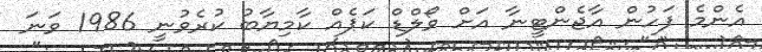
އެންމެ ފަހުން އާޖެންޓީނާ އަށް ވޯލްޑް ކަޕެއް ކާމިޔާބު ކުރެވުނީ 1986 ވަނަ